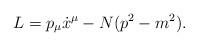
LaTeX: \begin{align*}L = p_{\mu} \dot{x}^{\mu} - N(p^2 - m^2).\end{align*}